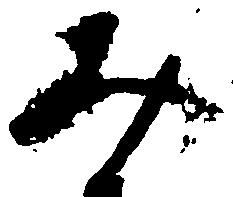
み